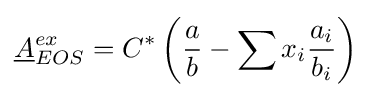
{\underline {A}}_{EOS}^{ex}=C^{*}\left({\frac {a}{b}}-\sum x_{i}{\frac {a_{i}}{b_{i}}}\right)